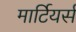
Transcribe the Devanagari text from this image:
मार्टियर्स